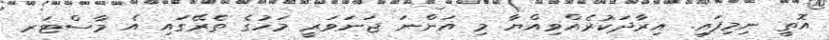
އޮތީ ނިމިފައި. އިރާދަކުރެއްވިއްޔާ މި އަންނަ ޖަނަވަރީ މަހުގެ ތެރޭގައި އެ މާސްޓަރ